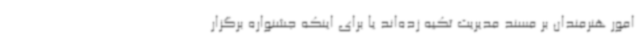
امور هنرمندان بر مسند مدیریت تکیه زده‌اند یا برای اینکه جشنواره برگزار